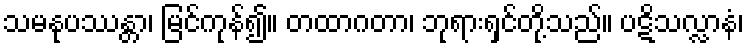
သမနုပဿန္တာ၊ မြင်ကုန်၍။ တထာဂတာ၊ ဘုရားရှင်တို့သည်။ ပဋိသလ္လာနံ၊